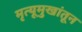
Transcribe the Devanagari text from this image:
मृत्यूमुखांतून